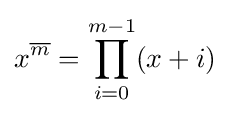
x^{\overline {m}}=\prod _{i=0}^{m-1}(x+i)